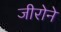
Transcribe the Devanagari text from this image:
जीरोने